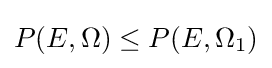
P(E,\Omega )\leq P(E,\Omega _{1})